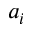
a _ { i }